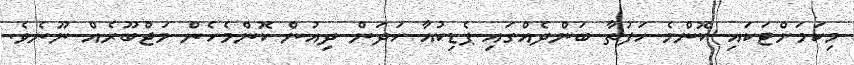
މިކަމަށްޓަކައި ކޮންމެ ހަފުތާ ބަންދެއްގައި ޕެޑިކުއާ ހަދަން ދިއުން ކޮންމެހެން މަޖްބޫރެއް ނޫނެވެ.